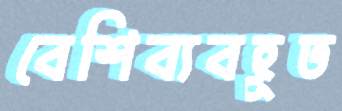
বেশিব্যবহূত